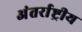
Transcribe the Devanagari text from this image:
अंतर्राष्ट्रीय